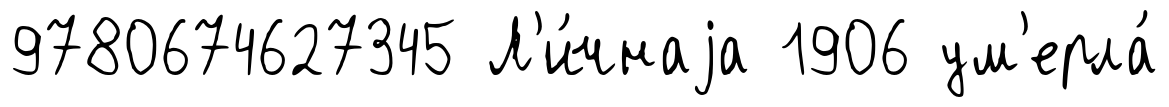
9780674627345 Л'и́чнаjа 1906 ум'ерла́